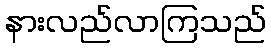
နားလည်လာကြသည်